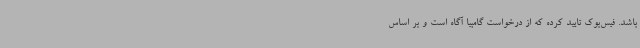
باشد. فیس‌بوک تایید کرده که از درخواست گامبیا آگاه است و بر اساس